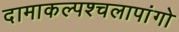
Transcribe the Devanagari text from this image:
दामाकल्पश्चलापांगो